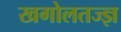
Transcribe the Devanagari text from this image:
खगोलतज्ज्ञ